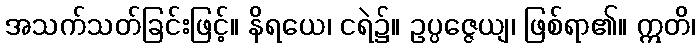
အသက်သတ်ခြင်းဖြင့်။ နိရယေ၊ ငရဲ၌။ ဥပ္ပဇ္ဇေယျ၊ ဖြစ်ရာ၏။ ဣတိ၊